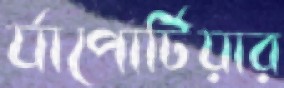
র‍্যাপোর্টিয়ার